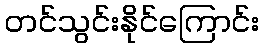
တင်သွင်းနိုင်ကြောင်း